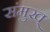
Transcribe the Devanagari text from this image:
संमुख्